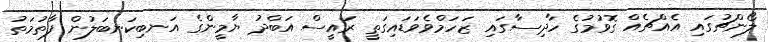
ލޯންޗުގައި އެއްޗެއް ގޮވުމުގެ ހާދިސާގައި ޒަހަމްވެވަޑައިގަތީ ރައީސް އަބްދު ޔާމީންގެ އަނބިކަނބަލުން ފާތުމަތު